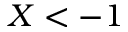
X < - 1